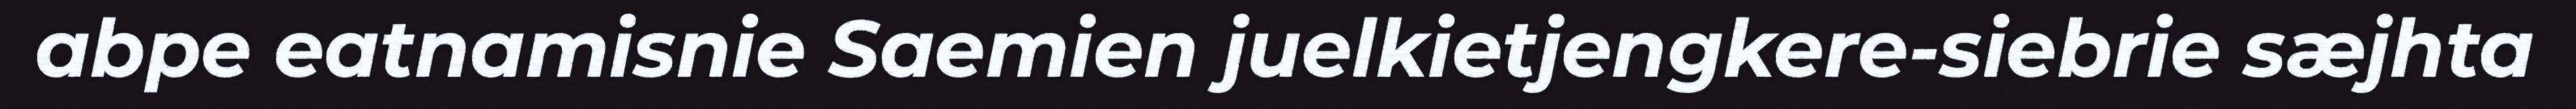
abpe eatnamisnie Saemien juelkietjengkere-siebrie sæjhta